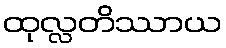
ထုလ္လတိဿာယ